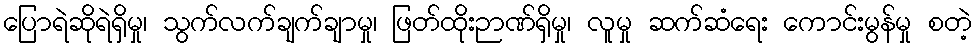
ပြောရဲဆိုရဲရှိမှု၊ သွက်လက်ချက်ချာမှု၊ ဖြတ်ထိုးဉာဏ်ရှိမှု၊ လူမှု ဆက်ဆံရေး ကောင်းမွန်မှု စတဲ့